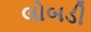
લોબડી